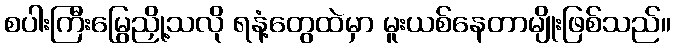
စပါးကြီးမြွေညှို့သလို ရနံ့တွေထဲမှာ မူးယစ်နေတာမျိုးဖြစ်သည်။